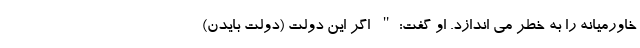
خاورمیانه را به خطر می اندازد. او گفت:" اگر این دولت (دولت بایدن)